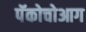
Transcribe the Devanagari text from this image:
पॅकोचोआग